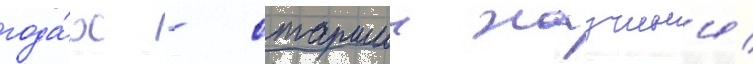
года́х - старшии научныи